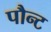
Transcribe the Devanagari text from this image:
पौन्ट